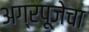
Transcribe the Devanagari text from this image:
अग्रपूजेचा